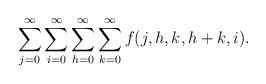
LaTeX: \begin{align*}\sum_{j=0}^{\infty }\sum_{i=0}^{\infty }\sum_{h=0}^{\infty}\sum_{k=0}^{\infty }f(j,h,k,h+k,i). \end{align*}